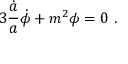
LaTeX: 3 { \frac { \dot { a } } { a } } \dot { \phi } + m ^ { 2 } \phi = 0 \ .